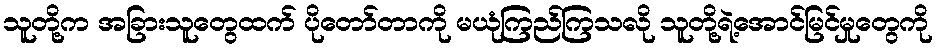
သူတို့က အခြားသူတွေထက် ပိုတော်တာကို မယုံကြည်ကြသလို သူတို့ရဲ့အောင်မြင်မှုတွေကို